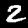
Digit: 2